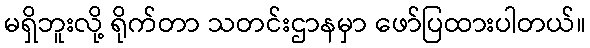
မရှိဘူးလို့ ရိုက်တာ သတင်းဌာနမှာ ဖော်ပြထားပါတယ်။